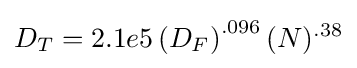
D_{T}=2.1e5\left(D_{F}\right)^{.096}(N)^{.38}